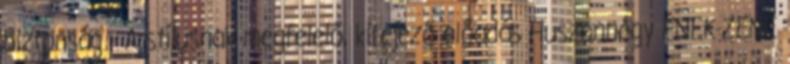
biztonság - A stílusnak megfelelő, kifejező előadás Huszonnégy ÉNEK-ZENE